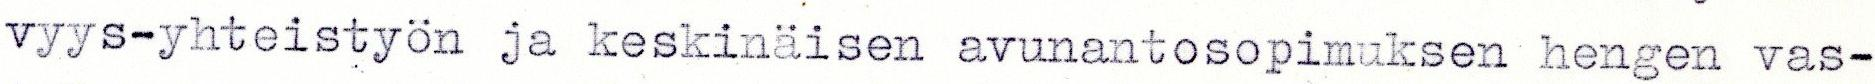
vyys-yhteistyön ja keskinäisen avunantosopimuksen hengen vas-